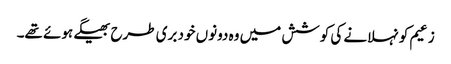
زعیم کو نہلانے کی کوشش میں وہ دونوں خود بری طرح بھیگے ہوئے تھے۔